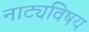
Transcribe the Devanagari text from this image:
नाट्यविषय